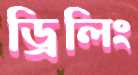
ড্রিলিং